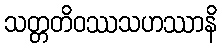
သတ္တတိဝဿသဟဿာနိ